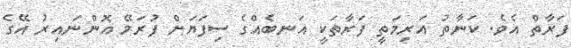
ފަރާތް އެވެ. ކަނާތު އަރިމަތީ ފަރާތަކީ އަނބެއްގެ ސިފަޔަށް ފުރަމޭ އޮންނައިރު އޭގެ